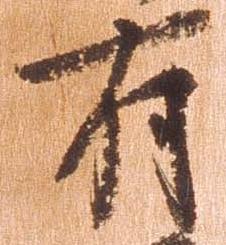
有